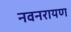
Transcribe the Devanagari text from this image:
नवनरायण